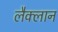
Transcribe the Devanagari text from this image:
लैक्लान